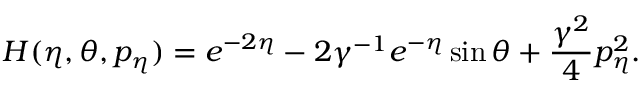
H ( \eta , \theta , p _ { \eta } ) = e ^ { - 2 \eta } - 2 \gamma ^ { - 1 } e ^ { - \eta } \sin \theta + \frac { \gamma ^ { 2 } } { 4 } p _ { \eta } ^ { 2 } .